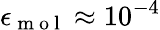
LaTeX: \epsilon_{\mathrm{~m~o~l~}}\approx 10^{-4}